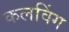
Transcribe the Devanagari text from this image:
कलविंग